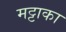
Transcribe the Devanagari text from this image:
मट्टाका